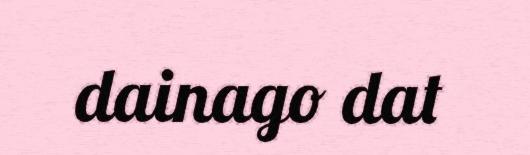
dainago dat